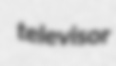
televisor